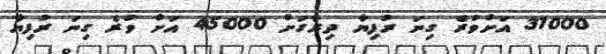
31000 އަށްވުރެ ގިނަ ރުފިޔާ ދިރާގަށް 45000 އަށް ވުރެ ގިނަ ރުފިޔާ